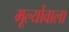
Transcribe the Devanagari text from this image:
मूल्योंवाला